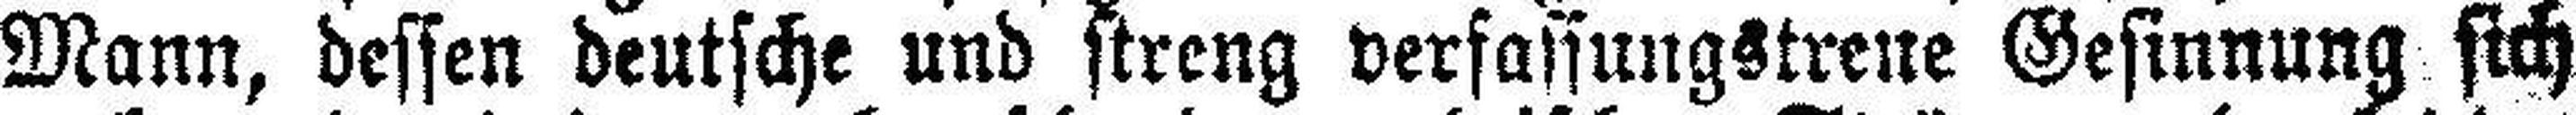
Mann, dessen deutsche und streng verfassungstreue Gesinnung sich